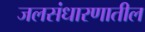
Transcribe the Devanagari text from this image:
जलसंधारणातील